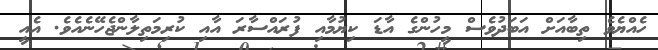
ހެއްޔެވެ ތިބާއަށް އަބަދުވެސް މީހުންގެ އާޑަ ކިޔުމާއި ފުރައްސާރަ އާއި ކުރިމަތިލާންޖެހޭނެއެވެ. އެއީ